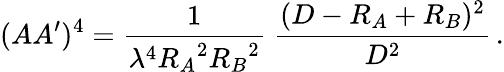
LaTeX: (AA^{\prime})^{4}={\frac{1}{\lambda^{4}{R_{A}}^{2}{R_{B}}^{2}}}\; {\frac{(D-R_{A}+R_{B})^{2}}{D^{2}}}\, .